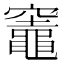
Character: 竈